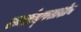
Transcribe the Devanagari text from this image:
अन्तर्ह्रद्कलाशोथ